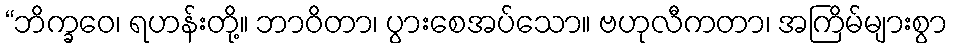
“ဘိက္ခဝေ၊ ရဟန်းတို့။ ဘာဝိတာ၊ ပွားစေအပ်သော။ ဗဟုလီကတာ၊ အကြိမ်များစွာ